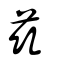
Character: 茲